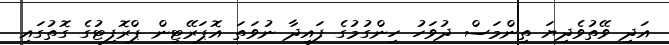
އަދި ވޭތުވެދިޔަ ތިންމަސް ދުވަހު ހިންގުމުގެ ފައިދާ ނުވަތަ އޮޕަރޭޓިން ޕްރޮފިޓުގެ ގޮތުގައި